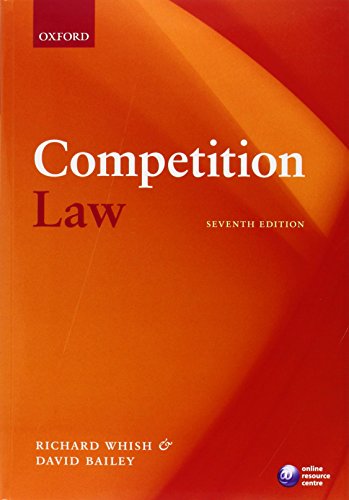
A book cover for Competition Law; Richard Whish; Law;